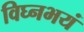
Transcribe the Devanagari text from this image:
विघ्नभयं